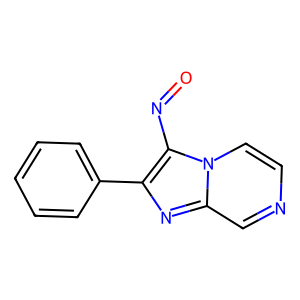
SMILES: O=Nc1c(-c2ccccc2)nc2cnccn12
Inhibits HIV replication: No